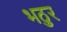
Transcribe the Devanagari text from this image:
भठुर